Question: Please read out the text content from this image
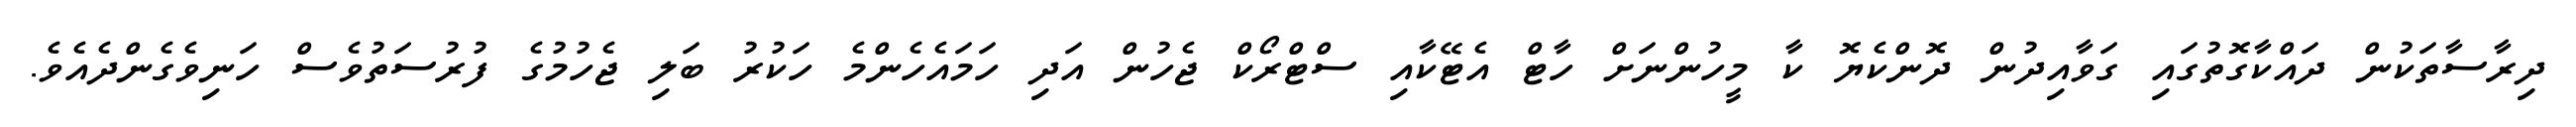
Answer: ދިރާސާތަކުން ދައްކާގޮތުގައި ގަވާއިދުން ދޮންކެޔޮ ކާ މީހުންނަށް ހާޓް އެޓޭކާއި ސްޓްރޯކް ޖެހުން އަދި ހަމައެހެންމެ ހަކުރު ބަލި ޖެހުމުގެ ފުރުސަތުވެސް ހަނިވެގެންދެއެވެ.